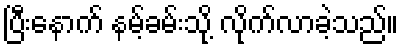
ပြီးနောက် နမ့်ခမ်းသို့ လိုက်လာခဲ့သည်။